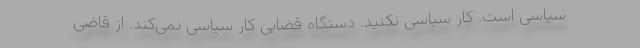
سیاسی است. کار سیاسی نکنید. دستگاه قضایی کار سیاسی نمی‌کند. از قاضی